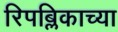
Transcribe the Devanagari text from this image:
रिपब्लिकाच्या